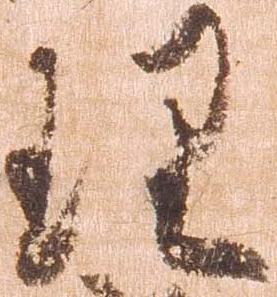
理